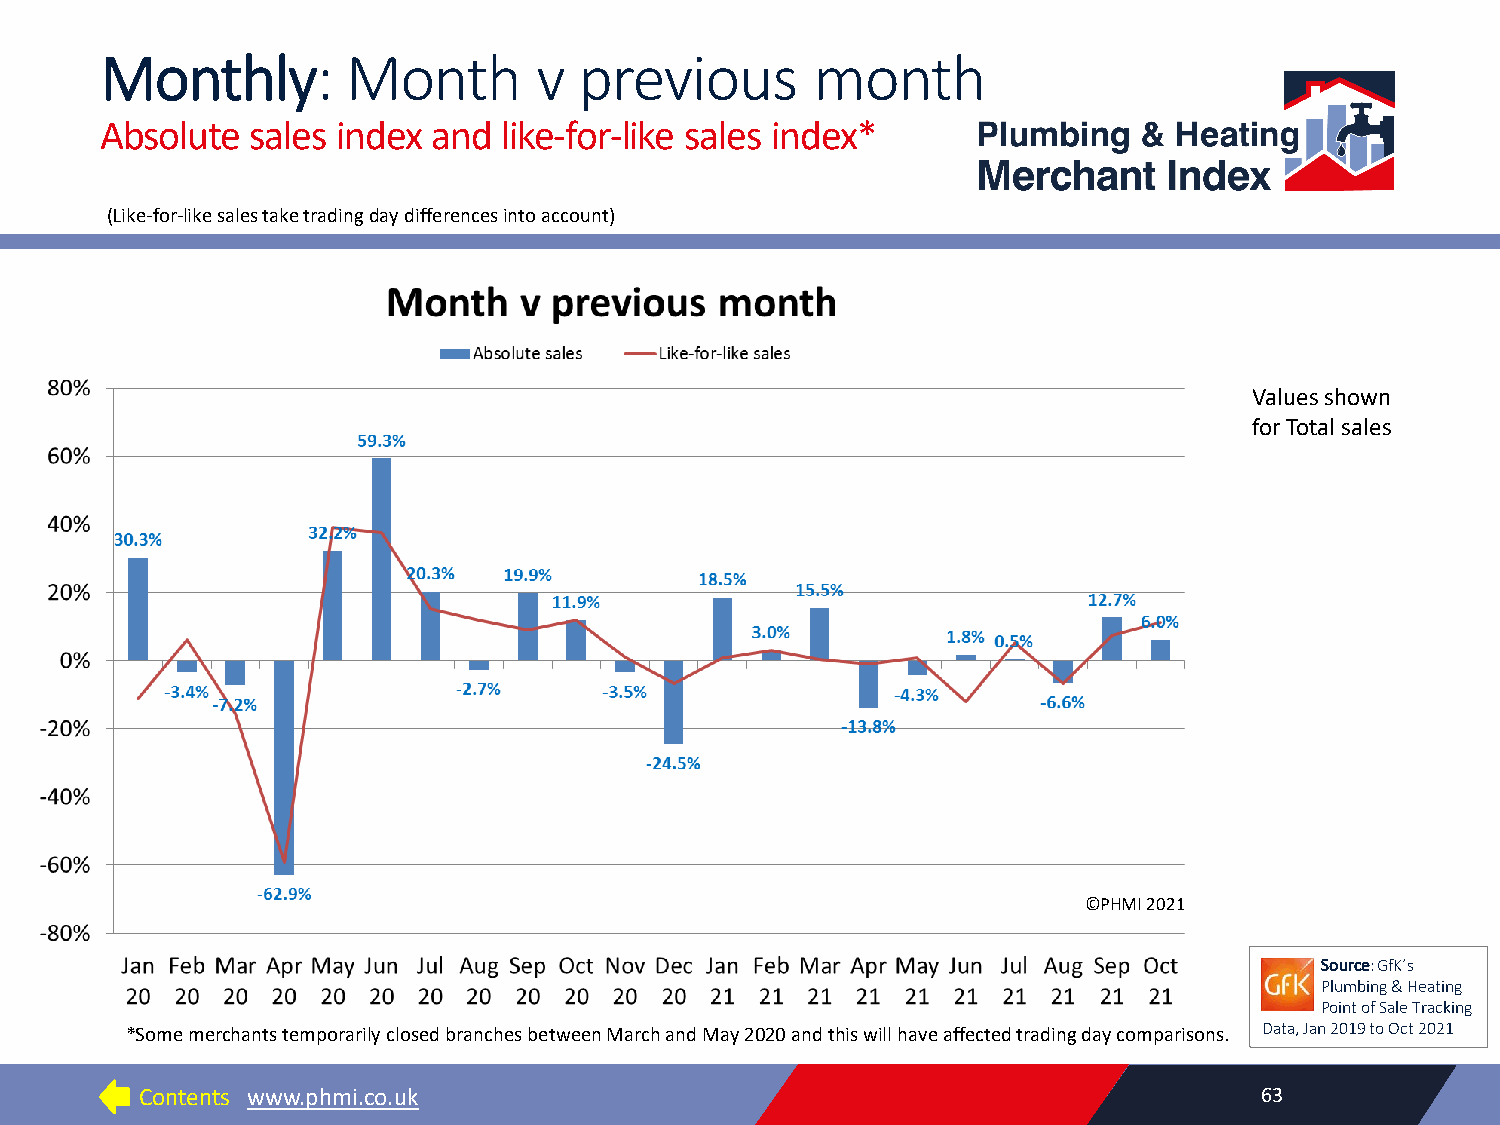
Monthly:        Month        v previous        month
 Absolute  sales index and like-for-like sales index*
 (Like-for-like sales take trading day differences into account)
 Values shown
 for Total sales
 ©PHMI 2021
 Source: GfK’s
 Plumbing & Heating
 Point of Sale Tracking
 *Some merchants temporarily closed branches between March and May 2020 and this will have affected trading day comparisons. Data, Jan 2019 to Oct 2021
 Contents www.phmi.co.uk                                                   63